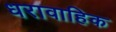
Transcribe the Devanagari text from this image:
धरावाहिक